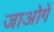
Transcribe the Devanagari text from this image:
जाओगें